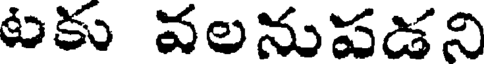
టకు వలనుపడని